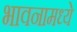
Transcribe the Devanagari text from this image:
भावनामध्ये